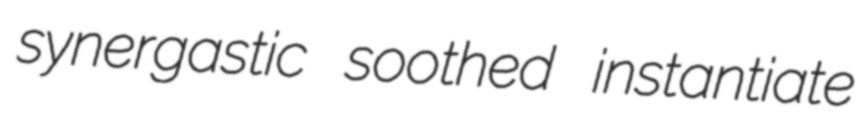
synergastic soothed instantiate